Papaver somniferum - Opium : an extract from the sixth volume of the Dictionary of Economic Products of India
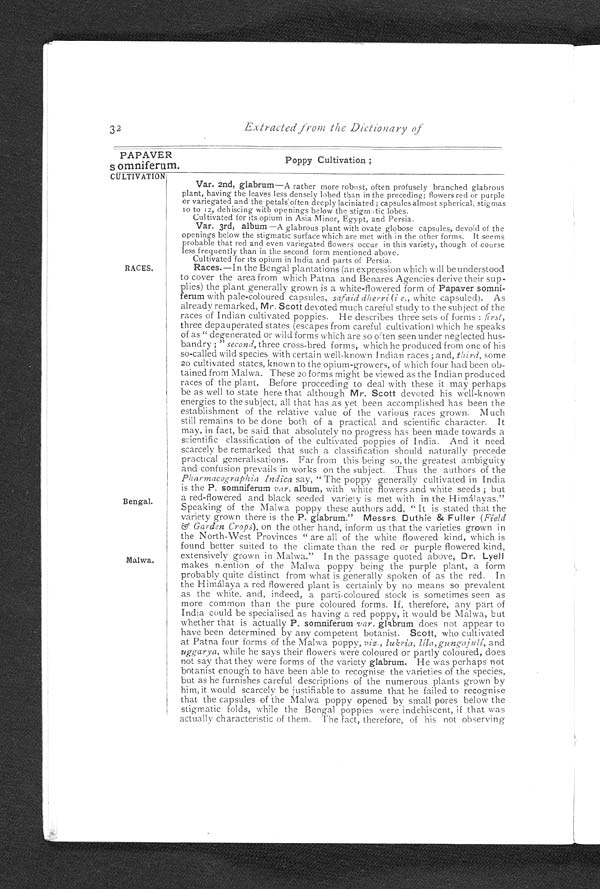
32
Extracted from the Dictionary of
PAPAVER
.
Poppy Cultivation ;
Somniferum.
CU LTIVATION
RACES.
Bengal
Malwa.
Var. 2nd, glabrum—A rather more robust, often profusely branched glabrous
plant, having the leaves less densely lobed than in the preceding; flowers red or purple
or variegated and the petals often deeply laciniated; capsules almost spherical, stigmas
10 to 12, dehiscing with openings below the stigmatic lobes.
Cultivated for its opium in Asia Minor, Egypt, and Persia.
Var. 3rd, album—A glabrous plant with ovate globose capsules, devoid of the
openings below the stigmatic surface which are met with in the other forms. It seems
probable that red and even variegated flowers occur in this variety, though of course
less frequently than in the second form mentioned above.
Cultivated for its opium in India and parts of Persia.
Races.—In the Bengal plantations (an expression which will be understoo
d
to cover the area from which Patna and Benares Agencies derive their sup
-
plies) the plant generally grown is a white-flowered form of Papaver somni
-
ferum with pale-coloured capsules, safaid dherri (i e.,white capsuled). As
already remarked, Mr. Scott devoted much careful study to the subject of the
races of Indian cultivated poppies. He describes three sets of forms: first,
three depauperated states (escapes from careful cultivation) which he speaks
of as "degenerated or wild forms which are so often seen under neglected hus
-
bandry ;" second, three cross-bred forms, which he produced from one of his
so-called wild species with certain well-known Indian races ; and, third, some
20 cultivated states, known to the opium-growers, of which four had been ob
-
tained from Malwa. These 20 forms might be viewed as the Indian produced
races of the plant. Before proceeding to deal with these it may perhaps
be as well to state here that although Mr. Scott devoted his well-known
energies to the subject, all that has as yet been accomplished has been the
establishment of the relative value of the various races grown. Much
still remains to be done both of a practical and scientific character. It
may, in fact, be said that absolutely no progress has been made towards a
scientific classification of the cultivated poppies of India. And it need
scarcely be remarked that such a classification should naturally precede
practical generalisations. Far from this being so, the greatest ambiguity
and confusion prevails in works on the subject. Thus the authors of the
Pharmacographia Indica say, "The poppy generally cultivated in India
is the P. somniferum var. album, with white flowers and white seeds ; but
a red-flowered and black seeded variety is met with in the Himálayas."
Speaking of the Malwa poppy these authors add, "It is stated that the
variety grown there is the P. glabrum. " Messrs. Duthie & Fuller (Field
< i l l e g i b l e > G a r d e n C r o p s
) ,
on the other hand, inform us that the varieties grown in
the North-West Provinces "are all of the white flowered kind, which is
found better suited to the climate than the red or purple flowered kind,
extensively grown in Malwa." In the passage quoted above, Dr. Lyell
makes mention of the Malwa poppy being the purple plant, a form
probably quite distinct from what is generally spoken of as the red. In
the Himálaya a red flowered plant is certainly by no means so prevalent
as the white, and, indeed, a parti-coloured stock is sometimes seen as
more common than the pure coloured forms. If, therefore, any part of
India could be specialised as having a red poppy, it would be Malwa, but
whether that is actually P. somniferum var. glabrum does not appear to
have been determined by any competent botanist. Scott, who cultivated
at Patna four forms of the Malwa poppy, vis., lukria, líla , gungajulí, and
uggarya, while he says their flowers were coloured or partly coloured, does
not say that they were forms of the variety glabrum. He was perhaps not
botanist enough to have been able to recognise the varieties of the species,
but as he furnishes careful descriptions of the numerous plants grown by
him, it would scarcely be justifiable to assume that he failed to recognise
that the capsules of the Malwa poppy opened by small pores below the
stigmatic folds, while the Bengal poppies were indehiscent, if that was
actually characteristic of them. The fact, therefore, of his not observing